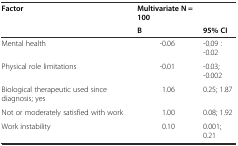
<table><thead><tr><td><b>Factor</b></td><td><b>Multivariate N = 100</b></td><td></td></tr><tr><td></td><td><b>B</b></td><td><b>95% CI</b></td></tr></thead><tbody><tr><td>Mental health</td><td>-0.06</td><td>-0.09 : -0.02</td></tr><tr><td>Physical role limitations</td><td>-0.01</td><td>-0.03; -0.002</td></tr><tr><td>Biological therapeutic used since diagnosis; yes</td><td>1.06</td><td>0.25; 1.87</td></tr><tr><td>Not or moderately satisfied with work</td><td>1.00</td><td>0.08; 1.92</td></tr><tr><td>Work instability</td><td>0.10</td><td>0.001; 0.21</td></tr></tbody></table>